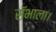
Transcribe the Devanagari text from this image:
सॅभाला।